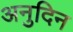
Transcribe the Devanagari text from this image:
अनुदिन